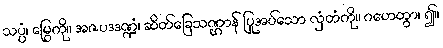
သပ္ပံ၊ မြွေကို။ အဇပဒဒဏ္ဍံ၊ ဆိတ်ခြေသဏ္ဌာန် ပြုအပ်သော လှံတံကို။ ဂဟေတွာ၊ ၍။